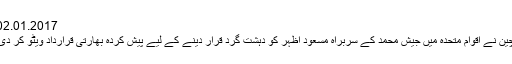
02.01.2017
چین نے اقوام متحدہ میں جیش محمد کے سربراہ مسعود اظہر کو دہشت گرد قرار دینے کے لیے پیش کردہ بھارتی قرارداد ویٹو کر دی۔